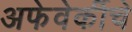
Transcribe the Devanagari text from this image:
अफेवेर्कीचे